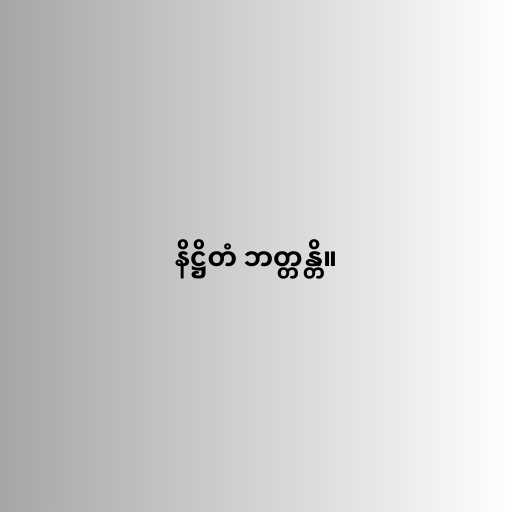
နိဋ္ဌိတံ ဘတ္တန္တိ။